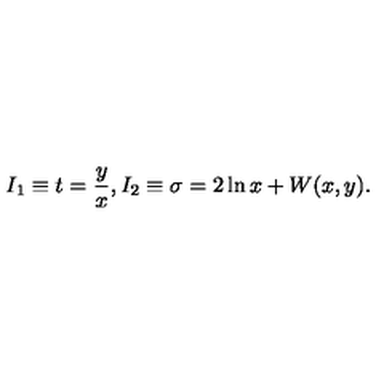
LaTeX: I _ { 1 } \equiv t = { \frac { y } { x } } , I _ { 2 } \equiv \sigma = 2 \ln x + W ( x , y ) .